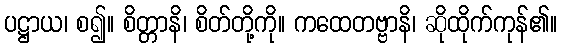
ပဋ္ဌာယ၊ စ၍။ စိတ္တာနိ၊ စိတ်တို့ကို။ ကထေတဗ္ဗာနိ၊ ဆိုထိုက်ကုန်၏။